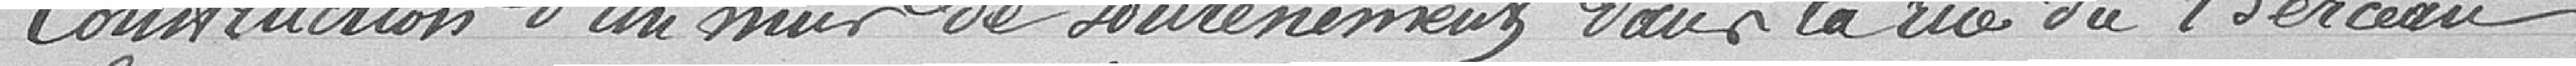
Construction d'un mur de soutènements pour la rue du berceau